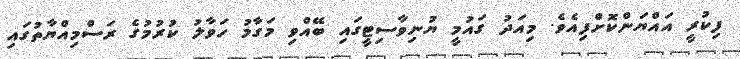
ފިކުރީ އައްޔަންކޮށްފިއެވެ. މިއަދު ގައުމީ ޔުނިވާސިޓީގައި ބޭއްވި މަގާމު ހަވާލު ކުރުމުގެ ރަސްމިއްޔާތުގައި